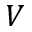
V